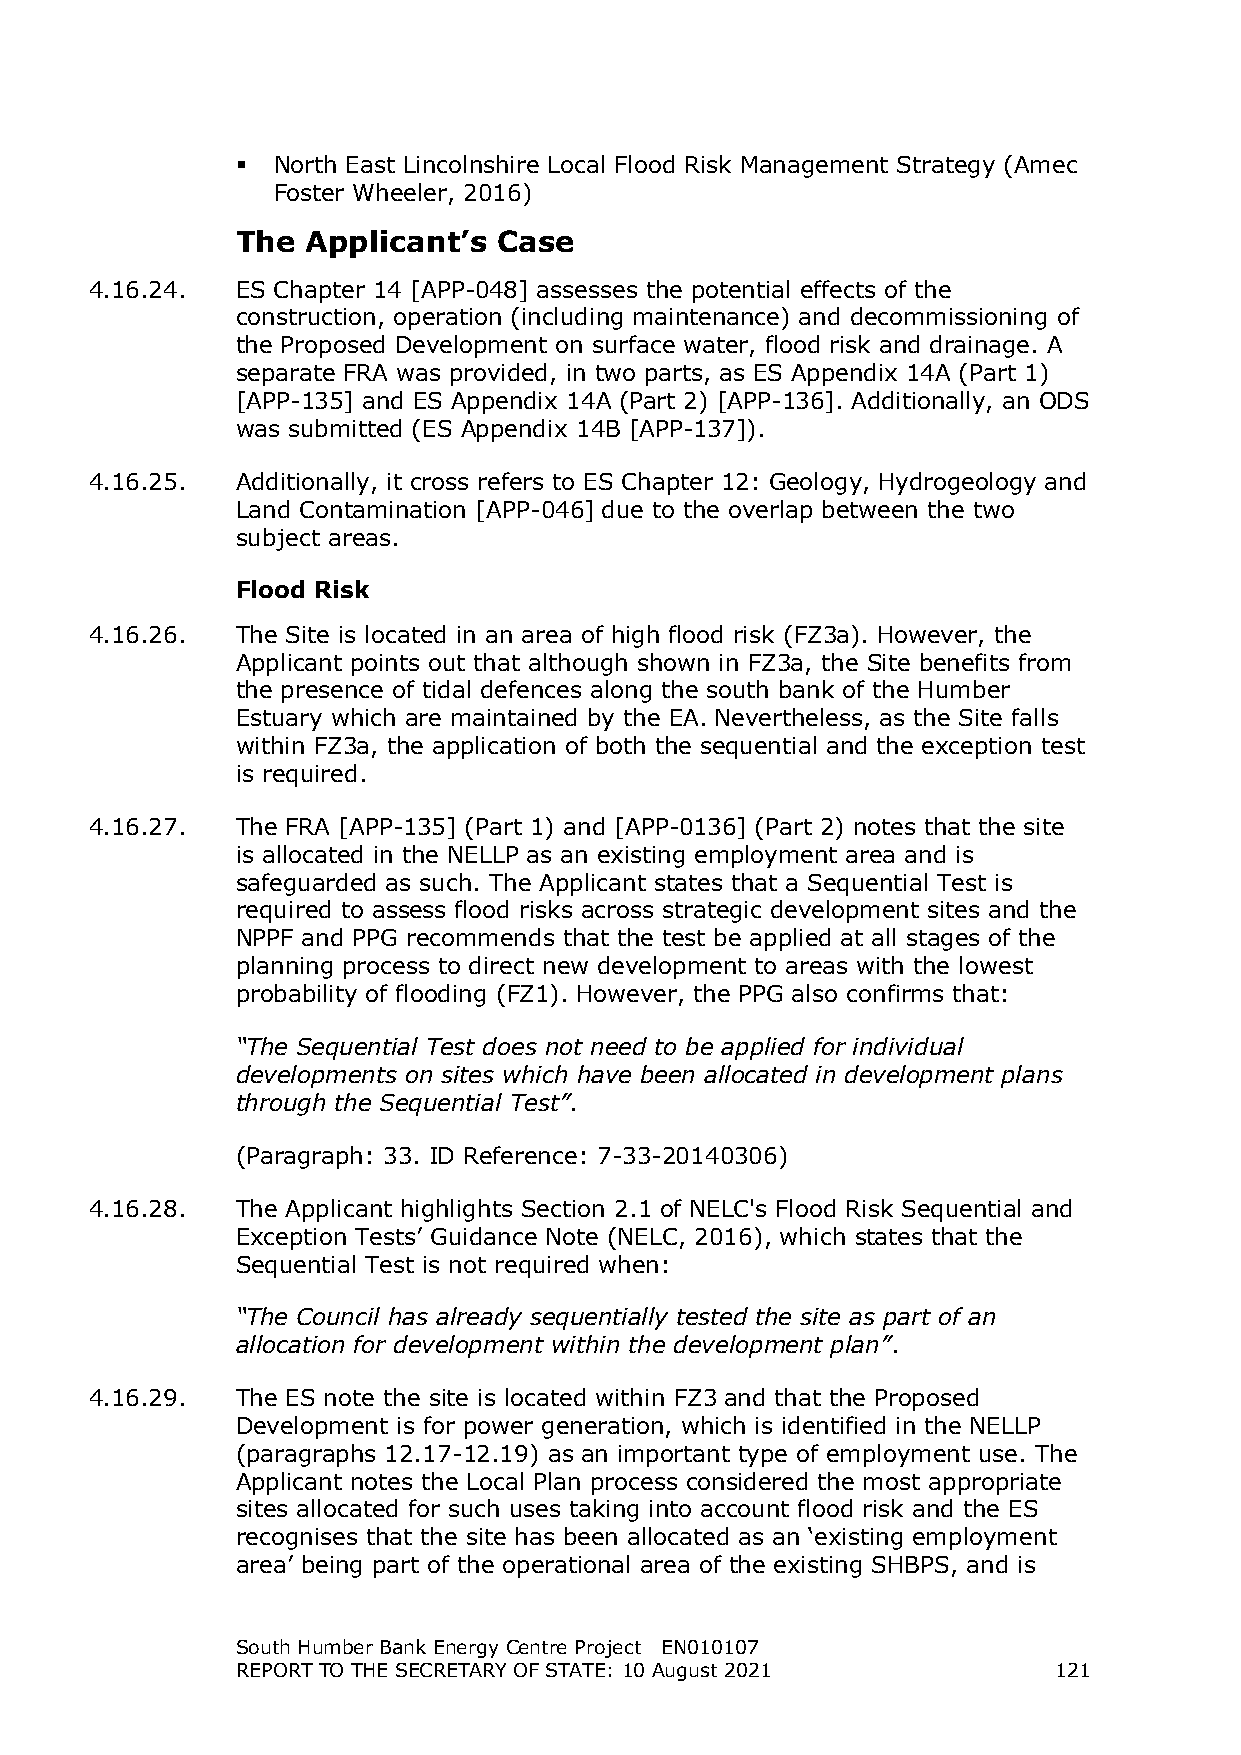
 North East Lincolnshire Local Flood Risk Management Strategy (Amec
 Foster Wheeler, 2016)
 The Applicant’s  Case
 4.16.24.  ES Chapter 14 [APP-048] assesses the potential effects of the
 construction, operation (including maintenance) and decommissioning of
 the Proposed Development on surface water, flood risk and drainage. A
 separate FRA was provided, in two parts, as ES Appendix 14A (Part 1)
 [APP-135] and ES Appendix 14A (Part 2) [APP-136]. Additionally, an ODS
 was submitted (ES Appendix 14B [APP-137]).
 4.16.25.  Additionally, it cross refers to ES Chapter 12: Geology, Hydrogeology and
 Land Contamination [APP-046] due to the overlap between the two
 subject areas.
 Flood Risk
 4.16.26.  The Site is located in an area of high flood risk (FZ3a). However, the
 Applicant points out that although shown in FZ3a, the Site benefits from
 the presence of tidal defences along the south bank of the Humber
 Estuary which are maintained by the EA. Nevertheless, as the Site falls
 within FZ3a, the application of both the sequential and the exception test
 is required.
 4.16.27.  The FRA [APP-135] (Part 1) and [APP-0136] (Part 2) notes that the site
 is allocated in the NELLP as an existing employment area and is
 safeguarded as such. The Applicant states that a Sequential Test is
 required to assess flood risks across strategic development sites and the
 NPPF and PPG recommends that the test be applied at all stages of the
 planning process to direct new development to areas with the lowest
 probability of flooding (FZ1). However, the PPG also confirms that:
 “The Sequential Test does not need to be applied for individual
 developments on sites which have been allocated in development plans
 through the Sequential Test”.
 (Paragraph: 33. ID Reference: 7-33-20140306)
 4.16.28.  The Applicant highlights Section 2.1 of NELC's Flood Risk Sequential and
 Exception Tests’ Guidance Note (NELC, 2016), which states that the
 Sequential Test is not required when:
 “The Council has already sequentially tested the site as part of an
 allocation for development within the development plan”.
 4.16.29.  The ES note the site is located within FZ3 and that the Proposed
 Development is for power generation, which is identified in the NELLP
 (paragraphs 12.17-12.19) as an important type of employment use. The
 Applicant notes the Local Plan process considered the most appropriate
 sites allocated for such uses taking into account flood risk and the ES
 recognises that the site has been allocated as an ‘existing employment
 area’ being part of the operational area of the existing SHBPS, and is
 South Humber Bank Energy Centre Project EN010107
 REPORT TO THE SECRETARY OF STATE: 10 August 2021      121